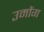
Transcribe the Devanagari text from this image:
उमोंग